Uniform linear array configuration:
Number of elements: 8
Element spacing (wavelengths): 0.5
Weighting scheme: kaiser
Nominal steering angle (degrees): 60
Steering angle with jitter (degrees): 58.226
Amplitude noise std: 0.05
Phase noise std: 0.05

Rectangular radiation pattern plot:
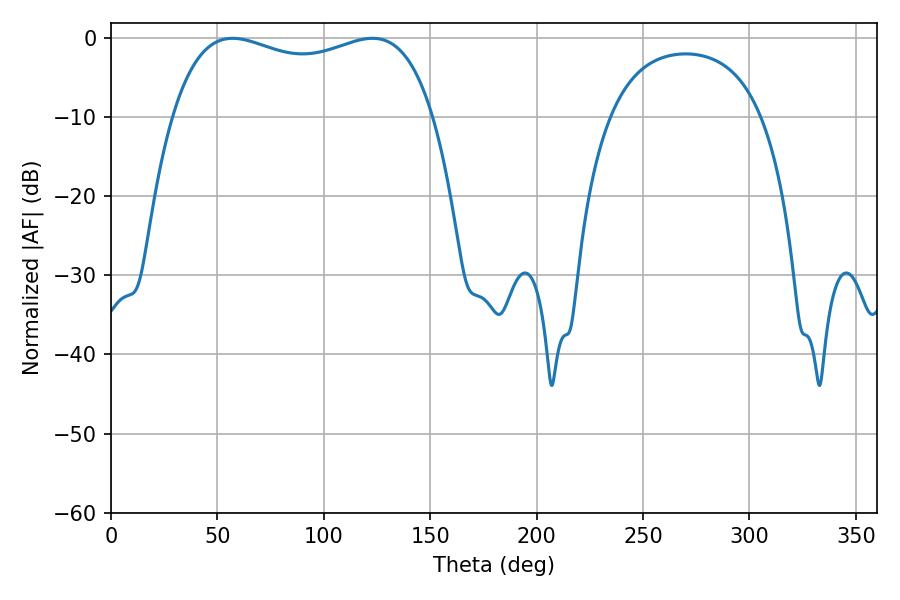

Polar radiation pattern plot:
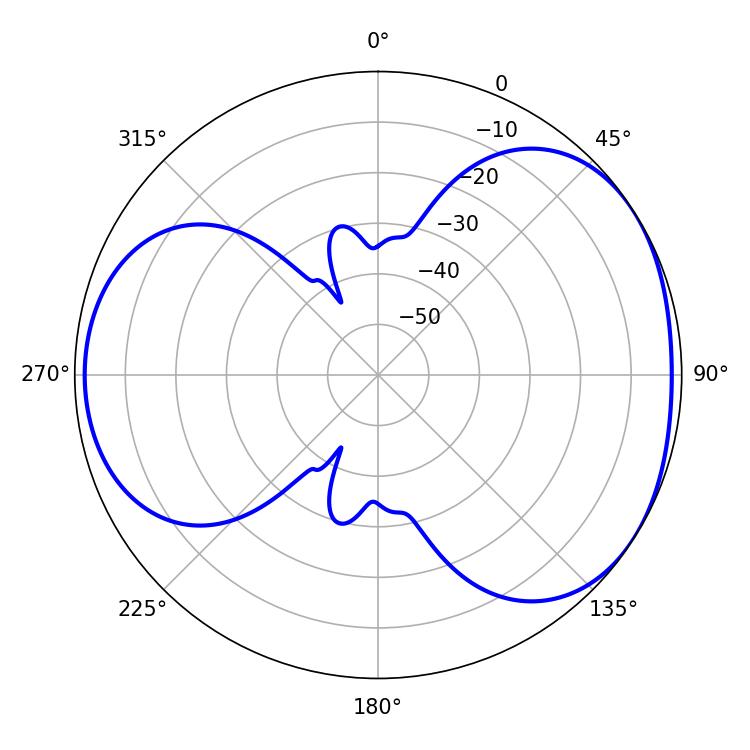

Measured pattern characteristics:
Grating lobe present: FALSE
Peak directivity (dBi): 4.054
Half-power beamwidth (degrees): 100.44
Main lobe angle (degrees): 57.06